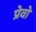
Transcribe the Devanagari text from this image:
प्रेवो